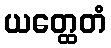
ယတ္ထေတံ